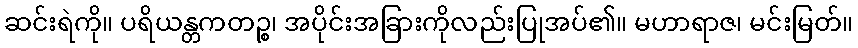
ဆင်းရဲကို။ ပရိယန္တကတဉ္စ၊ အပိုင်းအခြားကိုလည်းပြုအပ်၏။ မဟာရာဇ၊ မင်းမြတ်။